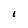
Character: I